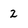
Character: 2